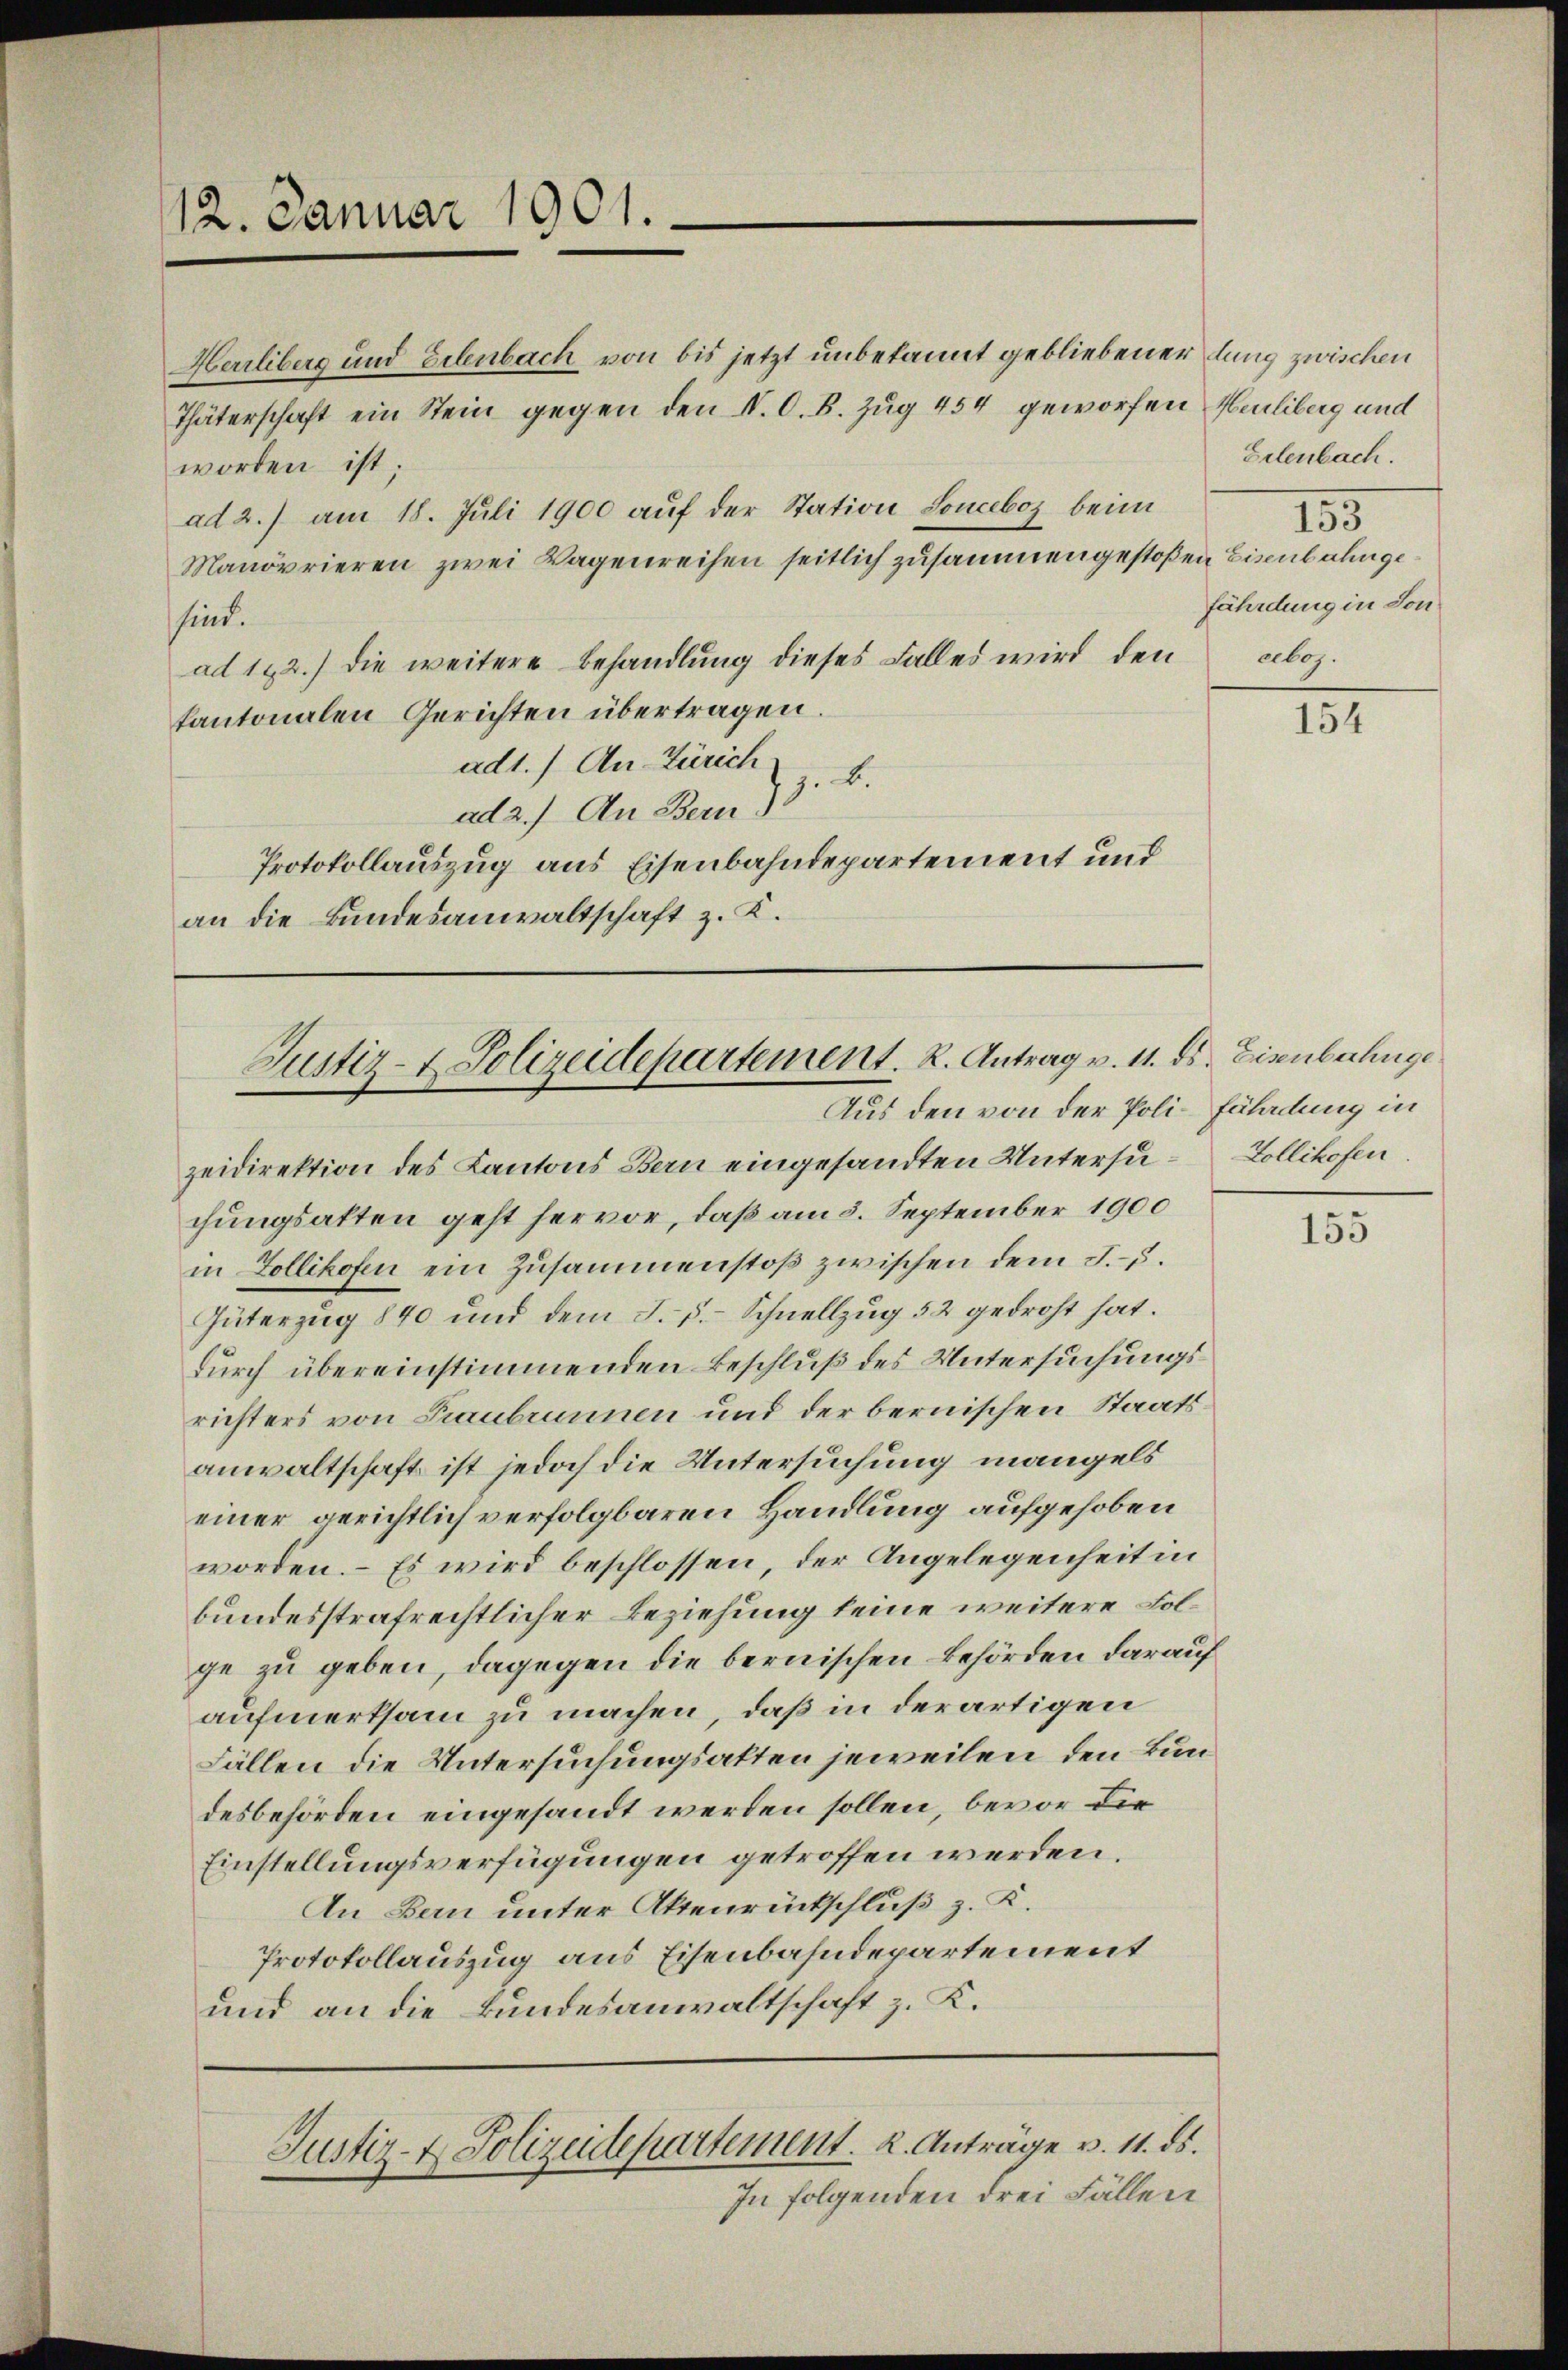
12. Januar 1901.

Herrliberg und Erlenbach von bis jetzt unbekannt gebliebener dung zwischen
Thäterschaft ein Stein gegen den S. O. B. Zug 454 geworfen Heliberg und
worden ist;
ad 2.) am 18. Juli 1900 auf der Station Sonceboz beim
Manövrieren zwei Wagenreihen seitlich zusammengestoßen Eisenbahngesind.
ad 192.) die weitere Behandlung dieses Falles wird den
kantonalen Gerichten übertragen.
ad1.) An-Zürich
ad 2.) An Bem 13. B.
Protokollauszug aus Eisenbahndepartement und
an die Bundesanwaltschaft z. K.

Justiz- & Polizeidepartement. K. Antrag v. 11. ds. Eisenberkuge
Aus den von der Poli-Fäladung in

zeidirektion des Kantons Bern eingesandten Untersu-Zollikofen
chungsalten geht hervor, daß am 3. September 1900
in Zollikofen ein Zusammenstoß zwischen dem F.–.
Güterzug 840 und dem J. F. Schnellzug 52 gedroht hat.
durch übereinstimmenden Beschluß des Untersuchungsrichters von Traubrunnen und der bernischen Staatsanwaltschaft ist jedoch die Untersuchung mangels
einer gerichtlich verfolgbaren Handlung aufgehoben
worden. – Es wird beschlossen, der Angelegenheit in
bundesstrafrechtlicher Beziehung keine weitere Folge zu geben, dagegen die bernischen Behörden darauf
aufmerksam zu machen, daß in derartigen
Fällen die Untersuchungsakten jeweilen den Bundesbehörden eingesandt werden sollen, bevor die
Einstellungsverfügungen getroffen werden.
An Bern unter Aktenrückschluß z. K.
Protokollauszug aus Eisenbahndepartement
und an die Bundesanwaltschaft z. K.

Justiz- & Polizeidepartement. 2. Anträge v. 11. ds.
In folgenden drei Fällen

Erlenbach.
155
fährdung in Son
alog.

154

155